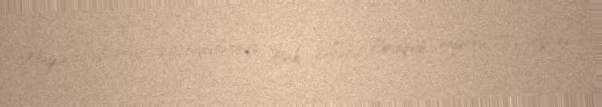
Mayın 8-də saat 22 radələrində Bakı şəhəri, Binəqədi rayonu, Rəsulzadə